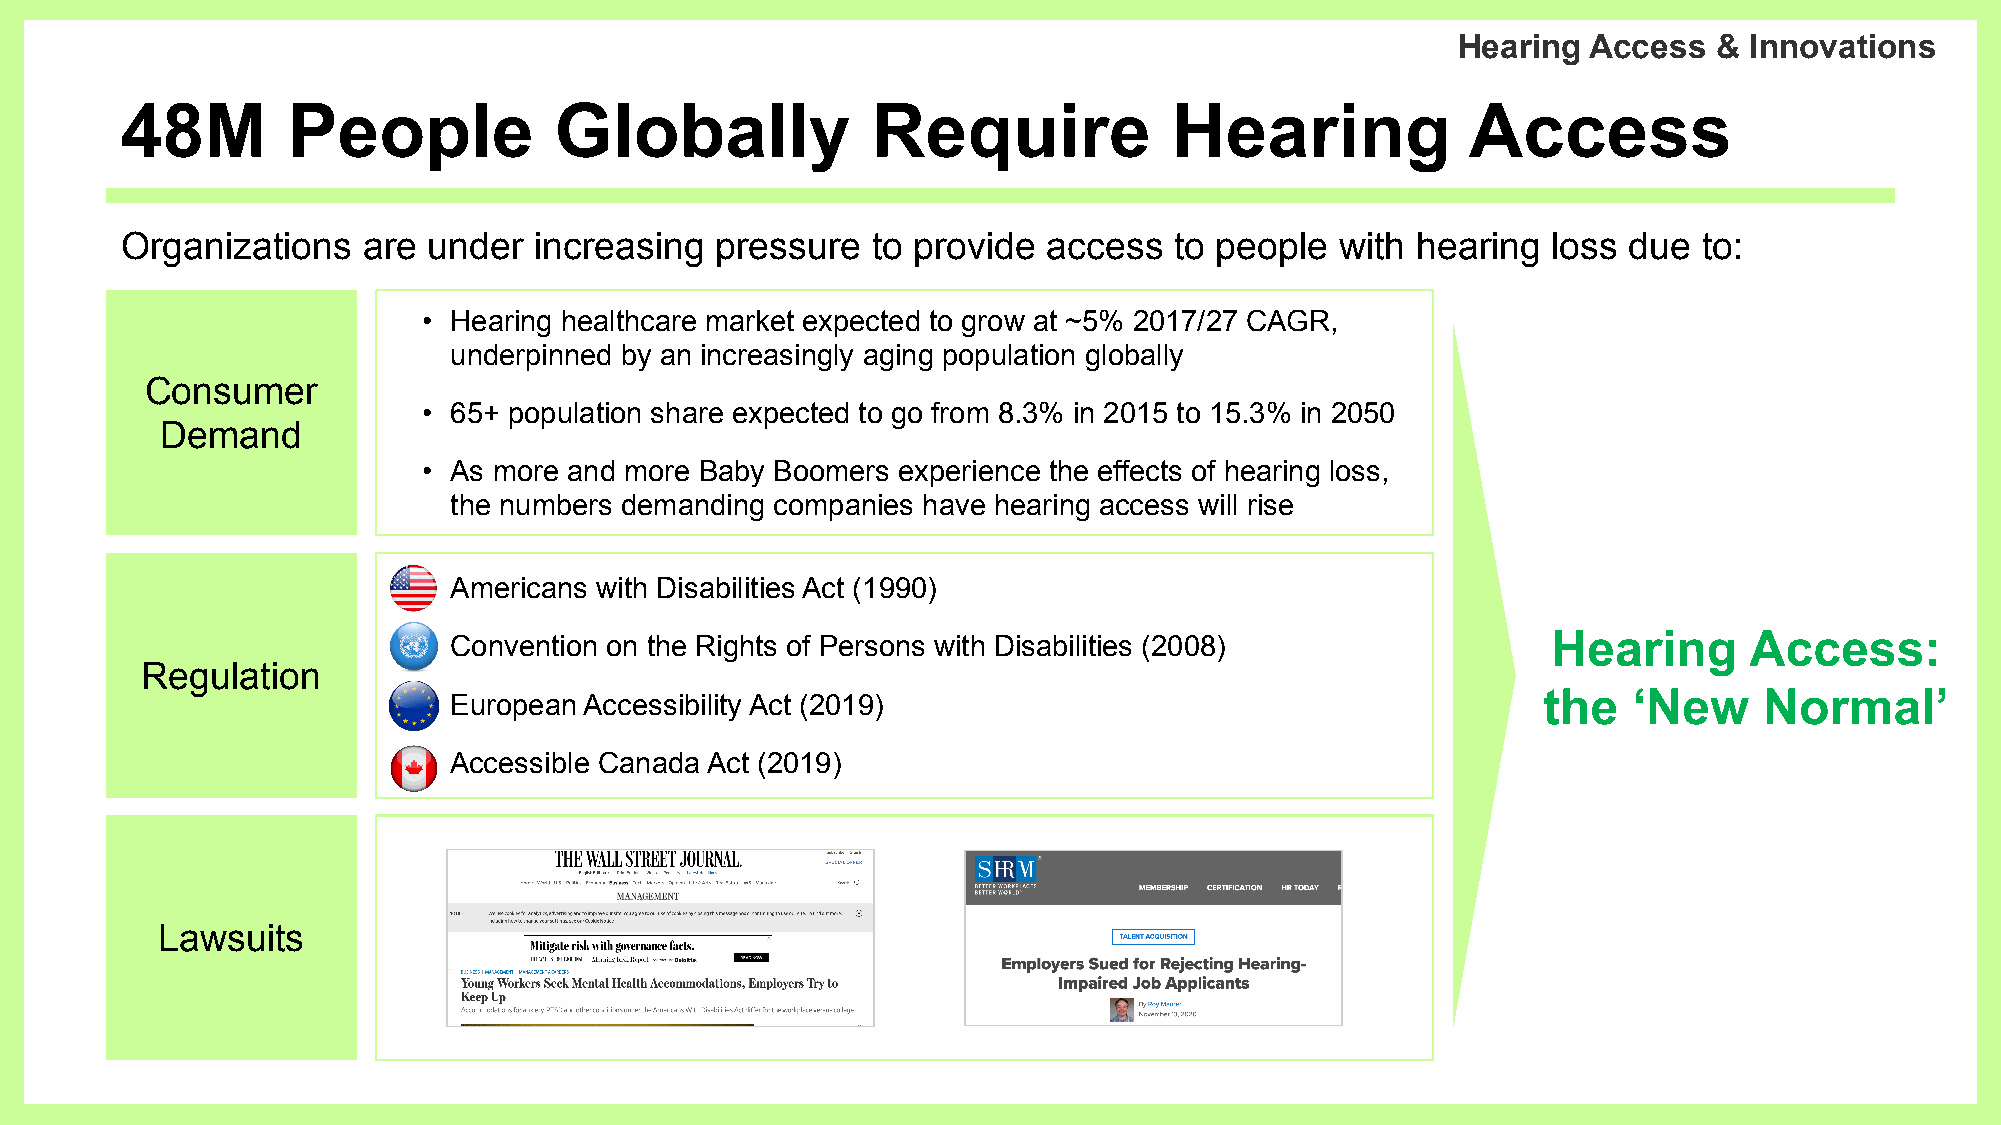
Hearing  Access   & Innovations
 48M        People            Globally             Require             Hearing            Access
 Organizations   are under  increasing  pressure   to provide access   to people  with hearing  loss due  to:
 • Hearing healthcare market expected to grow at ~5% 2017/27 CAGR,
 underpinned by an increasingly aging population globally
 Consumer
 • 65+ population share expected to go from 8.3% in 2015 to 15.3% in 2050
 Demand
 • As more and more Baby Boomers experience the effects of hearing loss,
 the numbers demanding companies have hearing access will rise
 • Americans with Disabilities Act (1990)
 Hearing      Access:
 • Convention on the Rights of Persons with Disabilities (2008)
 Regulation
 the   ‘New     Normal’
 • European Accessibility Act (2019)
 • Accessible Canada Act (2019)
 Lawsuits